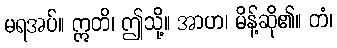
မရအပ်။ ဣတိ၊ ဤသို့။ အာဟ၊ မိန့်ဆို၏။ တံ၊